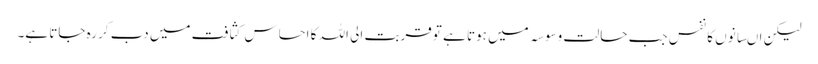
لیکن اںسانوں کا نفس جب حالت وسوسہ میں ہوتا ہے تو قربت الی اللہ کا احساس کثافت میں دب کر رہ جاتا ہے۔